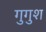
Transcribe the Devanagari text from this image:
गुगुश